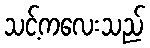
သင့်ကလေးသည်